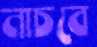
নাচবে